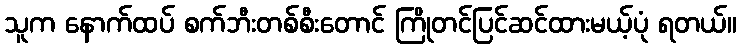
သူက နောက်ထပ် စက်ဘီးတစ်စီးတောင် ကြိုတင်ပြင်ဆင်ထားမယ့်ပုံ ရတယ်။